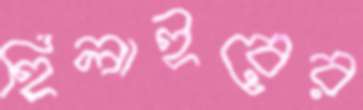
হিলাইরের